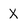
Character: X